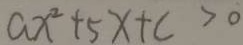
a x ^ { 2 } + 5 x + c > 0